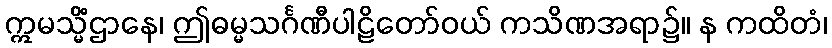
ဣမသ္မိံဌာနေ၊ ဤဓမ္မသင်္ဂဏီပါဠိတော်ဝယ် ကသိဏအရာ၌။ န ကထိတံ၊